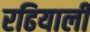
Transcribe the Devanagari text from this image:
रढियाली